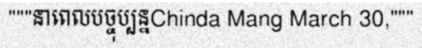
"""នាពេលបច្ចុប្បន្នChinda Mang March 30,"""